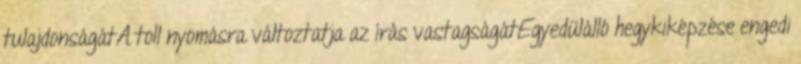
tulajdonságátA toll nyomásra változtatja az írás vastagságátEgyedülálló hegykiképzése engedi